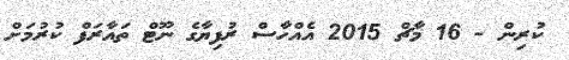
ކުރިން - 16 މާޗް 2015 އެއްހާސް ރުފިޔާގެ ނޫޓް ތައާރަފް ކުރުމަށް